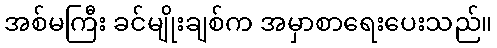
အစ်မကြီး ခင်မျိုးချစ်က အမှာစာရေးပေးသည်။